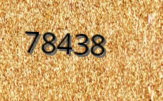
78438